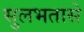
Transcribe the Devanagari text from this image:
सुलभतासे